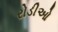
રોડીઓ